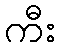
ကီး